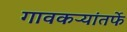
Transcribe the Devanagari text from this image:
गावकऱ्यांतर्फे